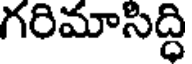
గరిమాసిద్ధి